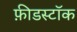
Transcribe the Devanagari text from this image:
फ़ीडस्टॉक